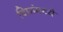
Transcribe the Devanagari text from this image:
विप्रांमध्ये